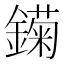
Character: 𲇣